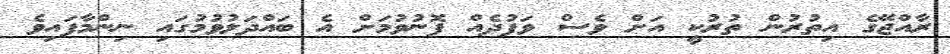
ރާއްޖޭގެ އިތުރުން ތުރުކީ އަށް ވެސް ވަފުދެއް ފޮނުވުމަށް އެ ބައްދަލުވުމުގައި ނިންމާފައިވެ